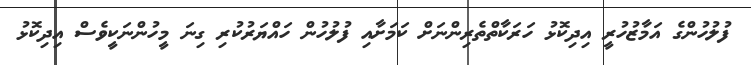
ފުލުހުންގެ އަމާޒުހުރީ އިދިކޮޅު ހަރަކާތްތެރިންނަށް ކަމަށާއި ފުލުހުން ހައްޔަރުކުރި ގިނަ މީހުންނަކީވެސް އިދިކޮޅު